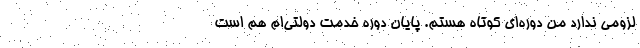
لزومی ندارد من دوره‌ای کوتاه هستم. پایان دوره خدمت دولتی‌ام هم است